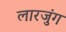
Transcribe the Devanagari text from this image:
लारजुंग